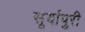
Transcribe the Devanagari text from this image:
सूर्यापुरी